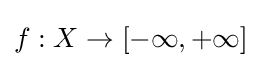
f:X\to [-\infty ,+\infty ]